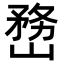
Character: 𡻒